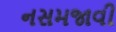
નસમજાવી